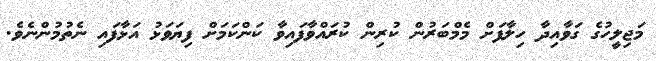
މަޖިލީހުގެ ގަވާއިދާ ހިލާފަށް މެމްބަރުން ކުރިން ކުރައްވާފައިވާ ކަންކަމަށް ފިޔަވަޅު އަޅާފައި ނެތުމުންނެވެ.